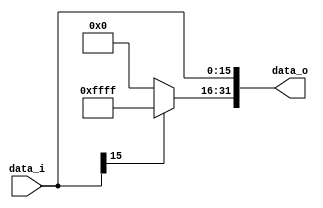
//109550184
//Subject:     CO project 2 - Sign extend
//--------------------------------------------------------------------------------
//Version:     1
//--------------------------------------------------------------------------------
//Writer:      
//----------------------------------------------
//Date:        
//----------------------------------------------
//Description: 
//--------------------------------------------------------------------------------

module Sign_Extend(
    data_i,
    data_o
    );
               
//I/O ports
input   [16-1:0] data_i;
output  [32-1:0] data_o;

//Internal Signals
reg     [32-1:0] data_o;

//Sign extended
always@(*) begin
    data_o[16-1:0] = data_i;
    data_o[32-1:16] = (data_i[15] == 1'b1)? 16'b1111111111111111:16'b0;
end           
endmodule